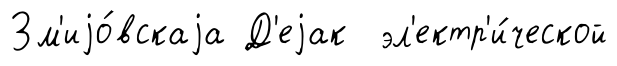
Зм'иjо́вскаjа Д'еjак эл'ектр'и́ческой